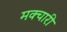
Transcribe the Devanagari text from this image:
मक्चारी